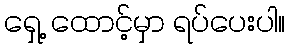
ရှေ့ ထောင့်မှာ ရပ်ပေးပါ။